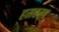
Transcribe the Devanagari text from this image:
हमबर्ग